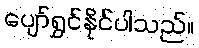
ပျော်ရွှင်နိုင်ပါသည်။